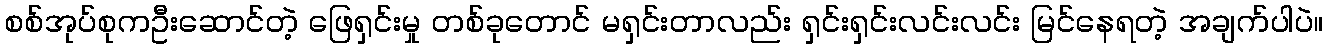
စစ်အုပ်စုကဦးဆောင်တဲ့ ဖြေရှင်းမှု တစ်ခုတောင် မရှင်းတာလည်း ရှင်းရှင်းလင်းလင်း မြင်နေရတဲ့ အချက်ပါပဲ။